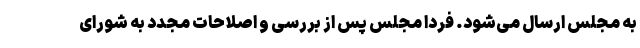
به مجلس ارسال می‌شود. فردا مجلس پس از بررسی و اصلاحات مجدد به شورای